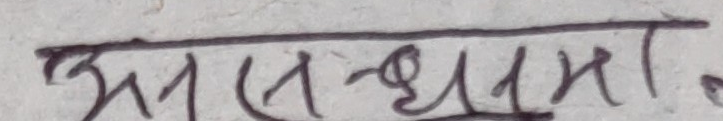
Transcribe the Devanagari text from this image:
अश्वत्थामा